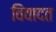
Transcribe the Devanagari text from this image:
विवादत